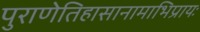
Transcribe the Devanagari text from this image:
पुराणेतिहासानामाभिप्रायः